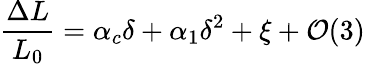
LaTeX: \frac{\Delta L}{L_{0}}=\alpha_{c}\delta+\alpha_{1}\delta^{2}+\xi+\mathcal{O}(3)